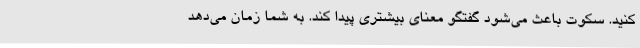
کنید. سکوت باعث می‌شود گفتگو معنای بیشتری پیدا کند. به شما زمان می‌دهد